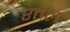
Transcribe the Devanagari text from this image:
रत्तल